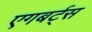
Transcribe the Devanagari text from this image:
एगबर्ट्स